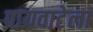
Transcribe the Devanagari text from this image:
पायवाटेला